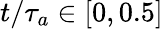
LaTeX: t/\tau_{a}\in[0,0.5]